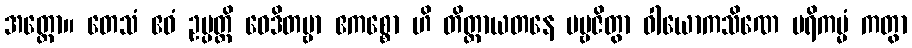
အတ္ထော။ တေသံ ဧဝံ ဥပ္ပတ္တိ ဝေဒိတဗ္ဗာ ဧကစ္စော ဟိ တိတ္ထာယတနေ ပဗ္ဗဇိတွာ ဝါယောကသိဏေ ပရိကမ္မံ ကတွာ